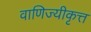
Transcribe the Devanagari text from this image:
वाणिज्यीकृत्त